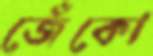
জেঁকো